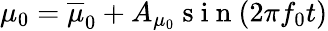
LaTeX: \mu_{0}=\overline{{\mu}}_{0}+A_{\mu_{0}}\mathrm{~s~i~n~}(2\pi f_{0}t)